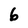
Character: 6